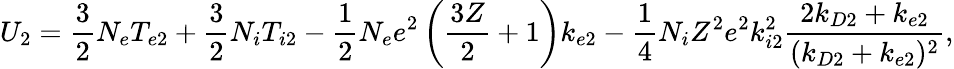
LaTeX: U_{2}=\frac{3}{2}N_{e}T_{e2}+\frac{3}{2}N_{i}T_{i2}-\frac{1}{2}N_{e}e^{2}\left(\frac{3Z}{2}+1\right)k_{e2}-\frac{1}{4}N_{i}Z^{2}e^{2}k_{i2}^{2}\frac{2k_{D2}+k_{e2}}{(k_{D2}+k_{e2})^{2}},